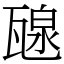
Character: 𤭯